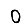
Digit: 0